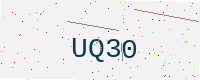
Text: UQ30